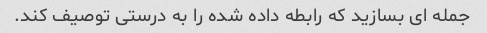
جمله ای بسازید که رابطه داده شده را به درستی توصیف کند.